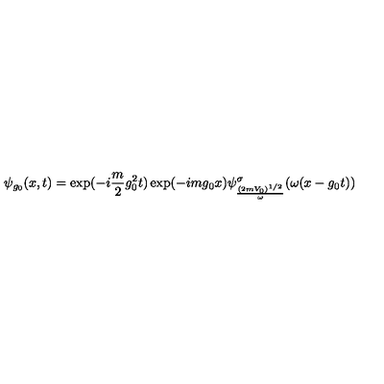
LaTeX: \psi _ { g _ { 0 } } ( x , t ) = \exp ( - i \frac { m } { 2 } g _ { 0 } ^ { 2 } t ) \exp ( - i m g _ { 0 } x ) \psi _ { \frac { ( 2 m V _ { 0 } ) ^ { 1 / 2 } } { \omega } } ^ { \sigma } ( \omega ( x - g _ { 0 } t ) )